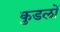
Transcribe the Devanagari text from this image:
कुडलों